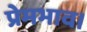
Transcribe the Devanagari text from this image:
प्रेमभाव।